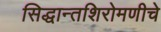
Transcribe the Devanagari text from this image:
सिद्धान्तशिरोमणीचे